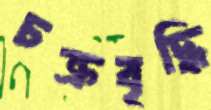
চক্রবৃদ্ধি